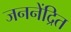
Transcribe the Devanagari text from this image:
जननेंद्रित